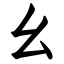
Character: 幺